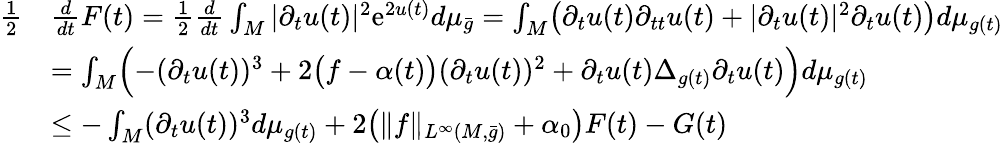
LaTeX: \begin{array}{rl}{\frac 12}&{\frac{d}{dt}F(t)=\frac 12\frac{d}{dt}\int_{M}|\partial_{t}u(t)|^{2}\mathrm{e}^{2u(t)}d\mu_{\bar{g}}=\int_{M}\bigl(\partial_{t}u(t)\partial_{tt}u(t)+|\partial_{t}u(t)|^{2}\partial_{t}u(t)\bigr)d\mu_{g(t)}}\\ &{=\int_{M}\Bigl(-(\partial_{t}u(t))^{3}+2\bigl(f-\alpha(t)\bigr)(\partial_{t}u(t))^{2}+\partial_{t}u(t)\Delta_{g(t)}\partial_{t}u(t)\Bigr)d\mu_{g(t)}}\\ &{\le-\int_{M}(\partial_{t}u(t))^{3}d\mu_{g(t)}+2\bigl(\| f\| _{L^{\infty}(M,\bar{g})}+\alpha_{0}\bigr)F(t)-G(t)}\end{array}